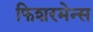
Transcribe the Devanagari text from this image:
फिशरमेन्स